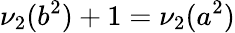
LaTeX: \nu_{2}(b^{2})+1=\nu_{2}(a^{2})